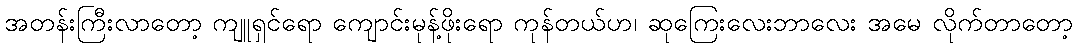
အတန်းကြီးလာတော့ ကျူရှင်ရော ကျောင်းမုန့်ဖိုးရော ကုန်တယ်ဟ၊ ဆုကြေးလေးဘာလေး အမေ လိုက်တာတော့